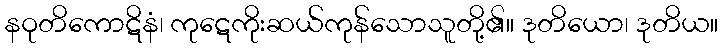
နဝုတိကောဋိနံ၊ ကုဋေကိုးဆယ်ကုန်သောသူတို့၏။ ဒုတိယော၊ ဒုတိယ။